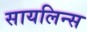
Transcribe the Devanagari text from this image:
सायलिन्स